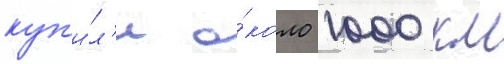
куп'и́л'и о́коло 1000 км